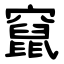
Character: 竄